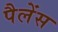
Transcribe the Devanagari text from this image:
पैलेंस